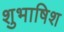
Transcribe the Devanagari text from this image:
शुभाषिश